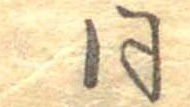
同